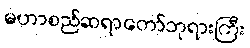
မဟာစည်ဆရာတော်ဘုရားကြီး